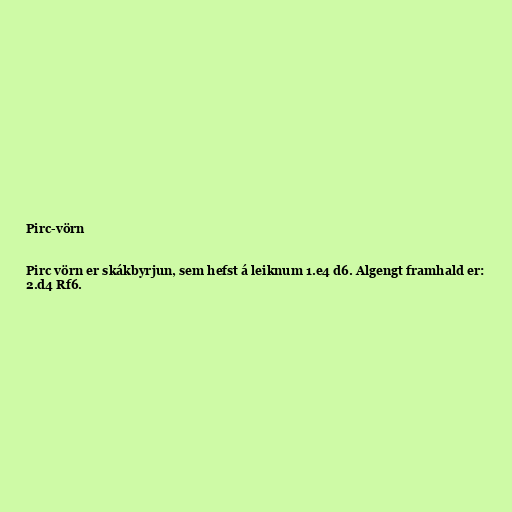
Pirc-vörn

Pirc vörn er skákbyrjun, sem hefst á leiknum 1.e4 d6. Algengt framhald er:
2.d4 Rf6.